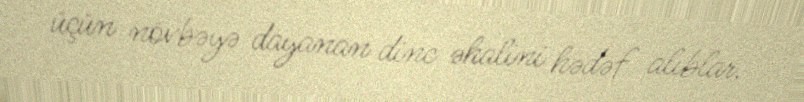
üçün növbəyə dayanan dinc əhalini hədəf alıblar.